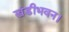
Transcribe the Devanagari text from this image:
खंडीभवन।